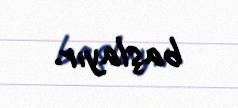
başlayır.